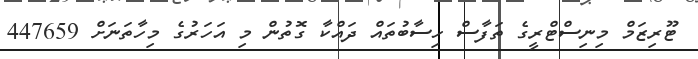
ޓޫރިޒަމް މިނިސްޓްރީގެ ތަފާސް ހިސާބުތައް ދައްކާ ގޮތުން މި އަހަރުގެ މިހާތަނަށް 447659